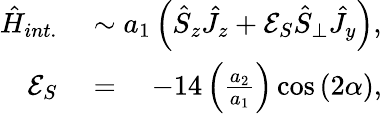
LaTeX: \begin{array}{rl}{\hat{H}_{int.}}&{{}\sim a_{1}\left(\hat{S}_{z}\hat{J}_{z}+\mathcal{E}_{S}\hat{S}_{\bot}\hat{J}_{y}\right),}\\ {\mathcal{E}_{S}}&{{}=\quad-14\left(\frac{a_{2}}{a_{1}}\right)\cos{(2\alpha)},}\end{array}